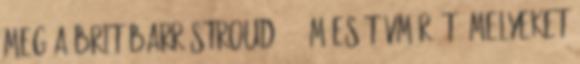
meg a brit Barr Stroud 4,6 m-es távmérőét, melyeket